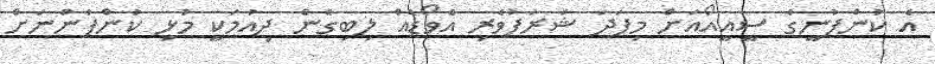
އެ ކުންފުނީގެ ސީއީއޯއަށް މިފަދަ ޝަރަފުވެރި އެވޯޑެއް ލިބިގެން ދިއުމަކީ މުޅި ކުންފުންނަށް